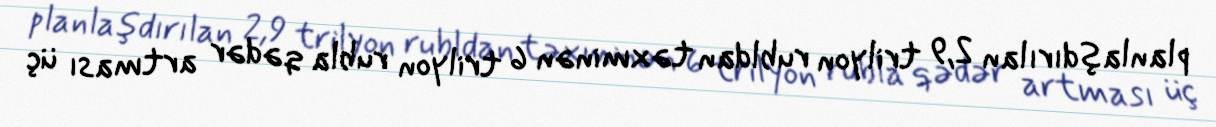
planlaşdırılan 2,9 trilyon rubldan təxminən 6 trilyon rubla qədər artması üç